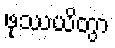
ဖုဿယိတွာ